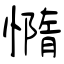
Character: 憜